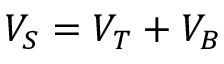
V _ { S } = V _ { T } + V _ { B }